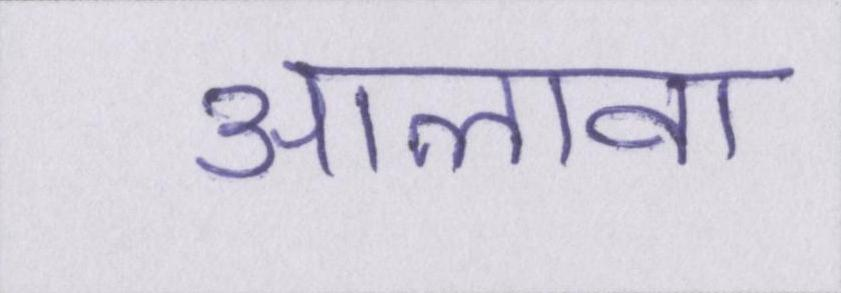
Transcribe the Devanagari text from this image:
आलावा